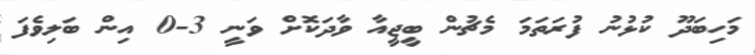
މަހިބަދޫ ކުޅުނު ފުރަތަމަ މެޗުން ބީޖީއާ ވާދަކޮށް ވަނީ 3-0 އިން ބަލިވެފަ